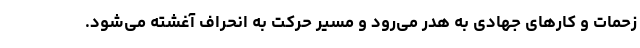
زحمات و کارهای جهادی به هدر می‌رود و مسیر حرکت به انحراف آغشته می‌شود.